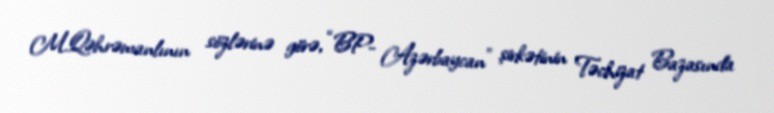
M.Qəhrəmanlının sözlərinə görə, “BP- Azərbaycan” şirkətinin Təchizat Bazasında